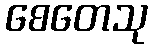
စေတေသု